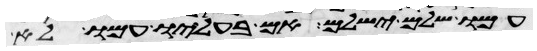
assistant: עמו שלם ישלם אם בעליו עמו לא